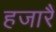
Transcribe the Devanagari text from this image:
हजारैं